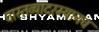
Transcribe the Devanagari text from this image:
वास्तव्यादरम्यानच